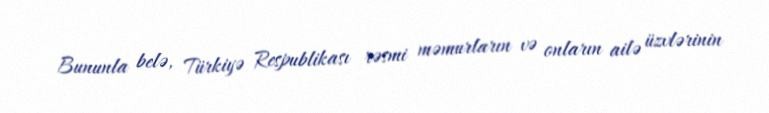
Bununla belə, Türkiyə Respublikası rəsmi məmurların və onların ailə üzvlərinin